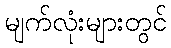
မျက်လုံးများတွင်